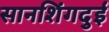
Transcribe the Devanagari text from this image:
सानशिंगदुई